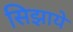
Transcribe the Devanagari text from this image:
सिझाये